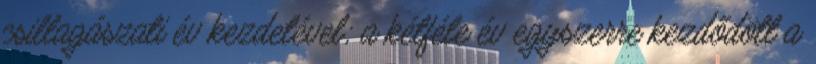
csillagászati év kezdetével; a kétféle év egyszerre kezdődött a